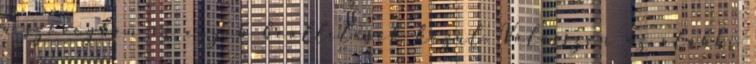
a szövegben és egyéb beállítások közül. Válasszon az alábbi